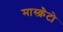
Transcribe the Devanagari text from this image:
मास्क्रैटो